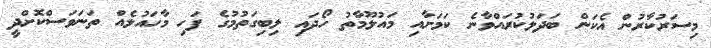
މިސަރުކާރުން އެކަން ބަދަލުކުރައްވާނެ ކަމަށާއި މައުލޫމާތު ހޯދައި ލިބިގަތުމުގެ ފަހި މާހައުލެއް ތަނަވަސްކޮށްދީ